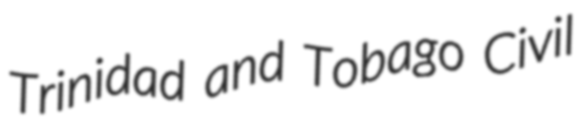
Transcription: Trinidad and Tobago Civil